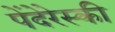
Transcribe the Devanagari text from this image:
पेंदेरेस्की